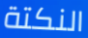
النكتة